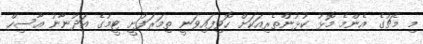
މި މެޗުގެ އެންމެ މޮޅު ކުޅުންތެރިއަކަށް ހޮވިފައިވަނީ ތިމަރަފުށީ ޓީމުގެ އަދުނާނު އާސިހް